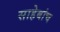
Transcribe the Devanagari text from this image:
साहेबांच